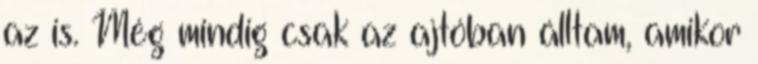
az is. Még mindig csak az ajtóban álltam, amikor